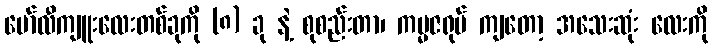
မော်လီကျူးလေးတစ်ခုကို (၈) ခု နဲ့ စုစည်းတာ၊ ကမ္မဇရုပ် ကျတော့ အသေးဆုံး လေးကို